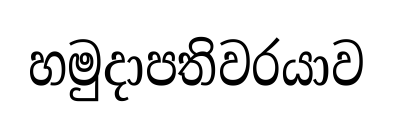
හමුදාපතිවරයාව